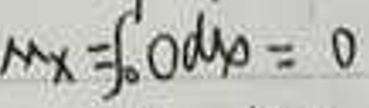
$M_x=\int_{0}^{1}0\mathrm{d}y = 0$